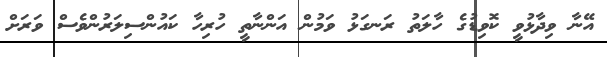
އޭނާ ވިދާޅުވީ ކޮވިޑުގެ ހާލަތު ރަނގަޅު ވަމުން އަންނާތީ ހުރިހާ ކައުންސިލަރުންވެސް ވަރަށް